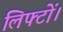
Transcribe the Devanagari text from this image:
लिफ्टों।